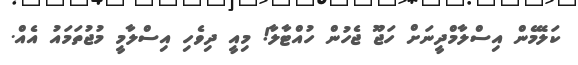
ކަލޭމެން އިސްލާމްދީނަށް ހަޖޫ ޖެހުން ހުއްޓާލާ! މިއީ ދިވެހި އިސްލާމީ މުޖުތަމައު އެއް.